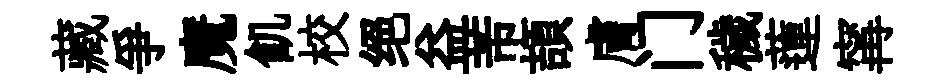
藏爭魔飢校绝益芾頡膚门穢蓮𡩋